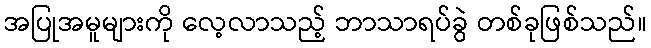
အပြုအမူများကို လေ့လာသည့် ဘာသာရပ်ခွဲ တစ်ခုဖြစ်သည်။